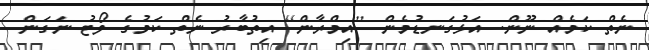
ނެތް ކަމެއް ނޫން. އަޅުގަނޑުމެން [އިމްރާން] އިތުބާރު ނެތް ކަމުގެ ވޯޓު ނަގަން